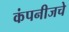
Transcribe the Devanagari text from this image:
कंपनीजचे